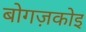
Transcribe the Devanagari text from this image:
बोगज़कोइ